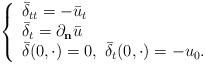
LaTeX: \begin{align*}\left\{\begin{array}{l} \bar\delta_{tt} = -\bar u_t \\ \bar\delta_t = \partial_{\bf{n}}{\bar{u}} \\\bar\delta(0,\cdot)=0, \ \bar\delta_t(0,\cdot)=-u_0. \end{array}\right.\end{align*}